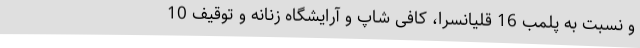
و نسبت به پلمب 16 قلیانسرا، کافی شاپ و آرایشگاه زنانه و توقیف 10